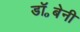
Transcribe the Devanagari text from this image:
डॉ॰बेनी